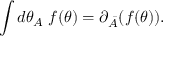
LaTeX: \int d \theta _ { A } \; f ( \theta ) = \partial _ { \bar { A } } ( f ( \theta ) ) .